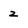
Character: 2